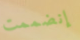
إنضممت